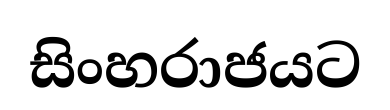
සිංහරාජයට